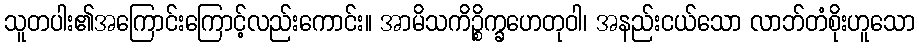
သူတပါး၏အကြောင်းကြောင့်လည်းကောင်း။ အာမိသကိဉ္စိက္ခဟေတုဝါ၊ အနည်းငယ်သော လာဘ်တံစိုးဟူသော